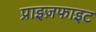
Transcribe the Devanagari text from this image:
प्राइज़फाइट